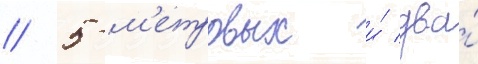
/ 5-м'етровых и́ два́